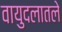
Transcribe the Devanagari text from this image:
वायुदलातले